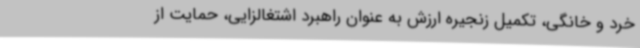
خرد و خانگی، تکمیل زنجیره ارزش به عنوان راهبرد اشتغالزایی، حمایت از